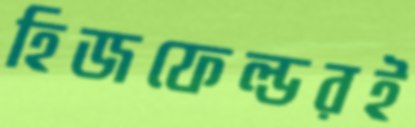
হিজফেল্ডরই